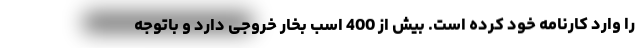
را وارد کارنامه خود کرده است. بیش از 400 اسب بخار خروجی دارد و باتوجه